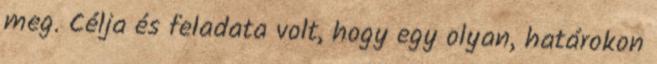
meg. Célja és feladata volt, hogy egy olyan, határokon